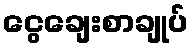
ငွေချေးစာချုပ်